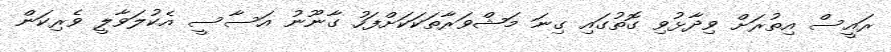
ރައީސް އިތުރަށް ވިދާޅުވި ގޮތުގައި ގިނަ މަޝްވަރާތަކަކަށްފަހު ގާނޫނު އަސާސީ އެކުލަވާލީ ވެރިކަން